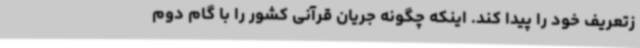
زتعریف خود را پیدا کند. اینکه چگونه جریان قرآنی کشور را با گام دوم